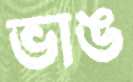
ভাঙ